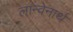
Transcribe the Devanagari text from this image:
लान्वेनार्थ